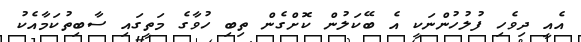
އެއީ ދިވެހި ފުލުހުންނަކީ އެ ބޭކަލުން ކޮށްގެން ތިބި ހުވާގެ މަތީގައި ސާބިތުކަމާއެކު